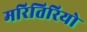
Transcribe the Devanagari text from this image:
मरितिरियो